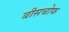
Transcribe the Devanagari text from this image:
बीसचोफ